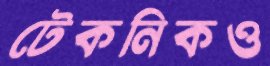
টেকনিকও